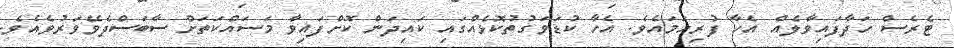
ޓެރެސް ހަދާފައިވާލެއް އެހާ ފުރިހަމައެވެ. އެހާ ކުޑަވަގުތުކޮޅެއްގައި ކައިދަން ކޮށްފައިވާ މަސައްކަތަށް ސާބަސްދެވޭވަރުވެއެވެ.